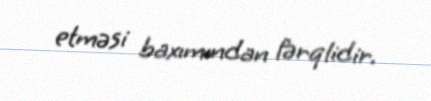
etməsi baxımından fərqlidir.